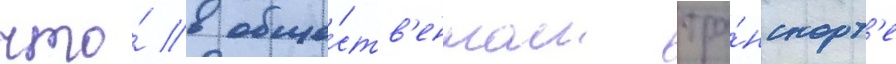
что́ в обще́ств'енном тра́нспорт'е